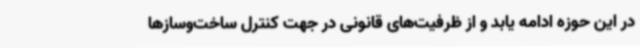
در این حوزه ادامه یابد و از ظرفیت‌های قانونی در جهت کنترل ساخت‌وسازها